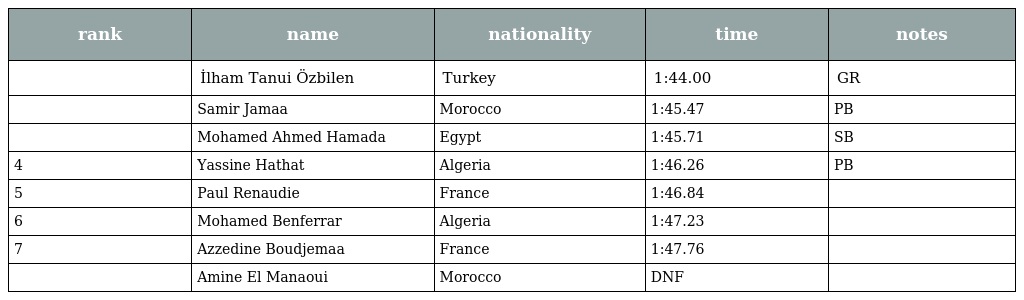
| rank | name | nationality | time | notes |
 | --- | --- | --- | --- | --- |
 |  | İlham Tanui Özbilen | Turkey | 1:44.00 | GR |
 |  | Samir Jamaa | Morocco | 1:45.47 | PB |
 |  | Mohamed Ahmed Hamada | Egypt | 1:45.71 | SB |
 | 4 | Yassine Hathat | Algeria | 1:46.26 | PB |
 | 5 | Paul Renaudie | France | 1:46.84 |  |
 | 6 | Mohamed Benferrar | Algeria | 1:47.23 |  |
 | 7 | Azzedine Boudjemaa | France | 1:47.76 |  |
 |  | Amine El Manaoui | Morocco | DNF |  |